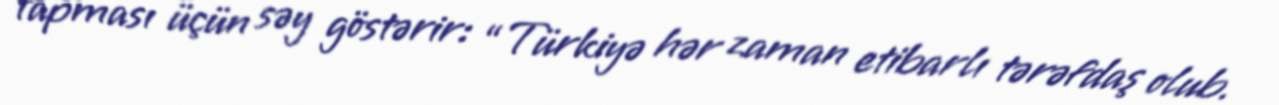
tapması üçün səy göstərir: “Türkiyə hər zaman etibarlı tərəfdaş olub.